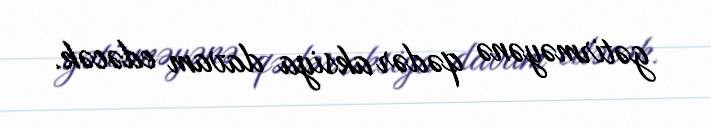
gətirməyənə qədər aksiya davam edəcək.